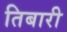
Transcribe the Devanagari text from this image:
तिबारी